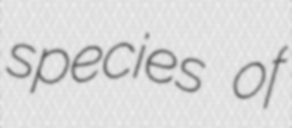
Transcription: species of